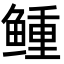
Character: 𩾋